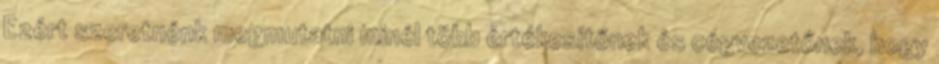
Ezért szeretnénk megmutatni minél több értékesítőnek és cégvezetőnek, hogy